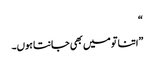
“
”اتنا تو میں بھی جانتا ہوں۔